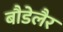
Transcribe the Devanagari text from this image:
बौडेलैर